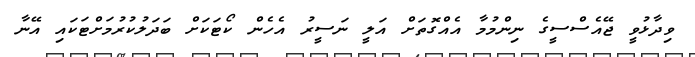
ވިދާޅުވީ ޖޭއެސްސީގެ ނިންމުމާ އެއްގޮތަށް އަލީ ނަސީރު އެހެން ކޯޓަކަށް ބަދަލުކުރުމަށްޓަކައި އޭނާ